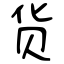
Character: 货